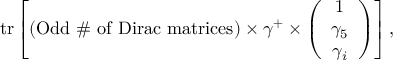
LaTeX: \mathrm { t r } \left[ ( \mathrm { O d d ~ \# ~ o f ~ D i r a c ~ m a t r i c e s } ) \times \gamma ^ { + } \times \left( \begin{array} { c } { { 1 } } \\ { { \gamma _ { 5 } } } \\ { { \gamma _ { i } } } \end{array} \right) \right] ,